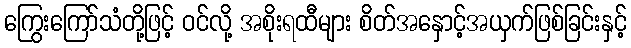
ကြွေးကြော်သံတို့ဖြင့် ဝင်လို့ အစိုးရထီများ စိတ်အနှောင့်အယှက်ဖြစ်ခြင်းနှင့်